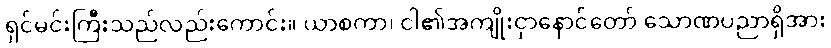
ရှင်မင်းကြီးသည်လည်းကောင်း။ ယာစကာ၊ ငါ၏အကျိုးငှာနောင်တော် သောဏပညာရှိအား